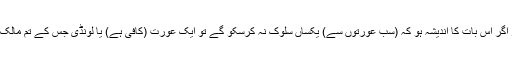
اور اگر اس بات کا اندیشہ ہو کہ (سب عورتوں سے) یکساں سلوک نہ کرسکو گے تو ایک عورت (کافی ہے) یا لونڈی جس کے تم مالک ہو۔